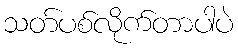
သတ်ပစ်လိုက်တာပါပဲ